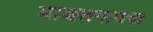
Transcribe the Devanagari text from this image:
माजलगांवचा